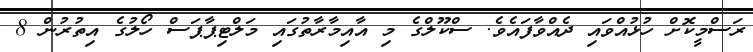
ރަސްމީކޮށް ހުޅުއްވައި ދެއްވާފައެވެ. ސްކޫލްގެ މި އާއިމާރާތުގައި މަލްޓިޕާޕަސް ހޯލުގެ އިތުރުން 8